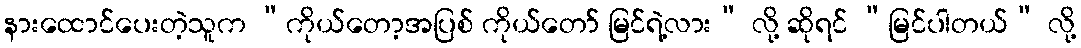
နားထောင်ပေးတဲ့သူက “ကိုယ်တော့အပြစ် ကိုယ်တော် မြင်ရဲ့လား” လို့ ဆိုရင် “မြင်ပါတယ်” လို့